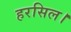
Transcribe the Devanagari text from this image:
हरसिल।